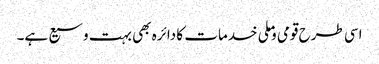
اسی طرح قومی وملی خدمات کا دائرہ بھی بہت وسیع ہے۔